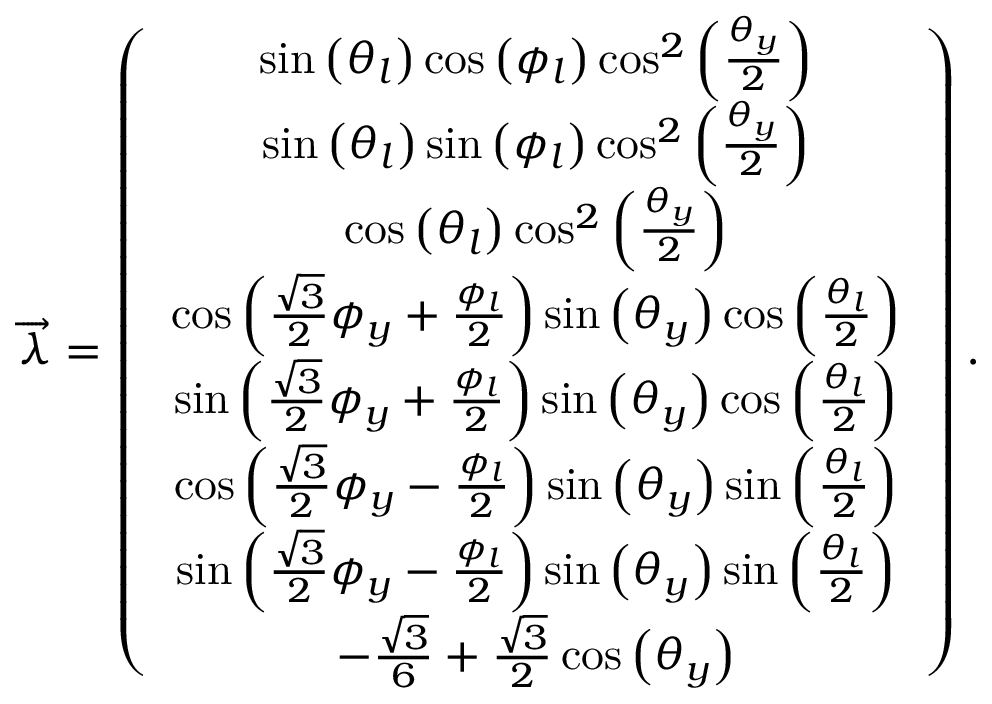
\begin{array} { r } { \overrightarrow { \lambda } = \left( \begin{array} { c } { \sin \left( \theta _ { l } \right) \cos \left( \phi _ { l } \right) \cos ^ { 2 } \left( \frac { \theta _ { y } } { 2 } \right) } \\ { \sin \left( \theta _ { l } \right) \sin \left( \phi _ { l } \right) \cos ^ { 2 } \left( \frac { \theta _ { y } } { 2 } \right) } \\ { \cos \left( \theta _ { l } \right) \cos ^ { 2 } \left( \frac { \theta _ { y } } { 2 } \right) } \\ { \cos \left( \frac { \sqrt { 3 } } { 2 } \phi _ { y } + \frac { \phi _ { l } } { 2 } \right) \sin \left( \theta _ { y } \right) \cos \left( \frac { \theta _ { l } } { 2 } \right) } \\ { \sin \left( \frac { \sqrt { 3 } } { 2 } \phi _ { y } + \frac { \phi _ { l } } { 2 } \right) \sin \left( \theta _ { y } \right) \cos \left( \frac { \theta _ { l } } { 2 } \right) } \\ { \cos \left( \frac { \sqrt { 3 } } { 2 } \phi _ { y } - \frac { \phi _ { l } } { 2 } \right) \sin \left( \theta _ { y } \right) \sin \left( \frac { \theta _ { l } } { 2 } \right) } \\ { \sin \left( \frac { \sqrt { 3 } } { 2 } \phi _ { y } - \frac { \phi _ { l } } { 2 } \right) \sin \left( \theta _ { y } \right) \sin \left( \frac { \theta _ { l } } { 2 } \right) } \\ { - \frac { \sqrt { 3 } } { 6 } + \frac { \sqrt { 3 } } { 2 } \cos \left( \theta _ { y } \right) } \end{array} \right) . } \end{array}